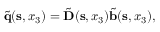
\begin{array} { r } { \tilde { \bf q } ( { \bf s } , x _ { 3 } ) = \tilde { \bf D } ( { \bf s } , x _ { 3 } ) \tilde { \bf b } ( { \bf s } , x _ { 3 } ) , } \end{array}